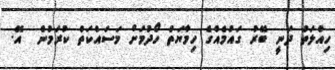
ހިއްލަތު ދަނީ ބޭރު ގައުމެއްގެ ހިމާޔަތް ހޯދުމަށް މަސައްކަތް ކުރަމުން  އޭ.